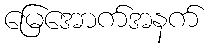
မြေအောက်အနက်